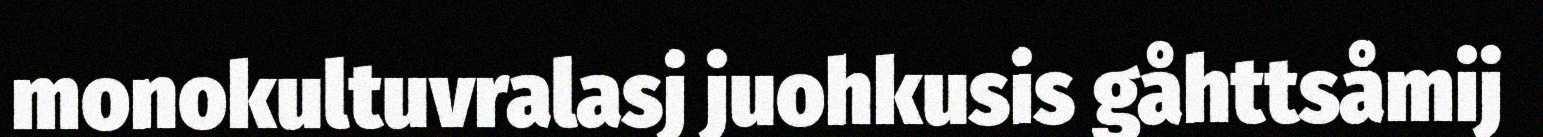
monokultuvralasj juohkusis gåhttsåmij